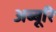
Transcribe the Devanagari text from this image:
अब्बूरि